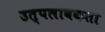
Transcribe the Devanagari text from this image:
उत्पलावकता